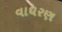
વાઘરણ